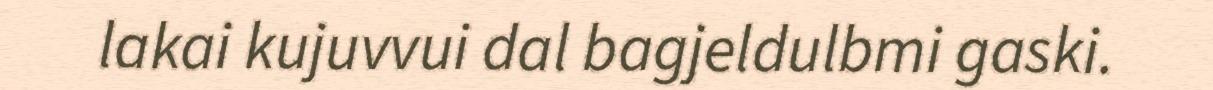
lakai kujuvvui dal bagjeldulbmi gaski.